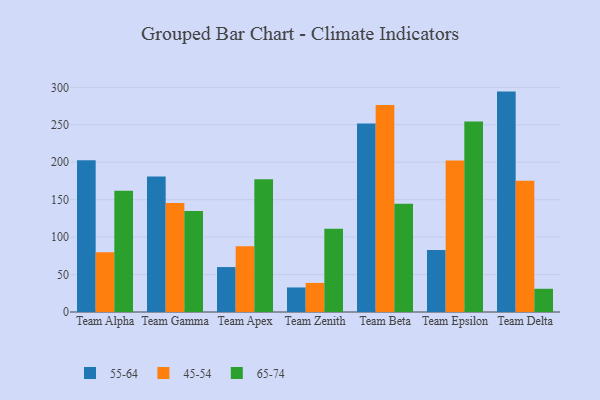
{"axis": {"x": "Team", "y": "Shipments"}, "legend": ["45-54", "55-64", "65-74"], "data": [{"x": "Team Alpha", "y": 202.7, "type": "55-64"}, {"x": "Team Alpha", "y": 79.8, "type": "45-54"}, {"x": "Team Alpha", "y": 161.8, "type": "65-74"}, {"x": "Team Gamma", "y": 180.8, "type": "55-64"}, {"x": "Team Gamma", "y": 145.6, "type": "45-54"}, {"x": "Team Gamma", "y": 134.8, "type": "65-74"}, {"x": "Team Apex", "y": 60.0, "type": "55-64"}, {"x": "Team Apex", "y": 87.8, "type": "45-54"}, {"x": "Team Apex", "y": 177.1, "type": "65-74"}, {"x": "Team Zenith", "y": 32.8, "type": "55-64"}, {"x": "Team Zenith", "y": 38.8, "type": "45-54"}, {"x": "Team Zenith", "y": 111.1, "type": "65-74"}, {"x": "Team Beta", "y": 251.8, "type": "55-64"}, {"x": "Team Beta", "y": 276.3, "type": "45-54"}, {"x": "Team Beta", "y": 144.6, "type": "65-74"}, {"x": "Team Epsilon", "y": 82.8, "type": "55-64"}, {"x": "Team Epsilon", "y": 202.3, "type": "45-54"}, {"x": "Team Epsilon", "y": 254.5, "type": "65-74"}, {"x": "Team Delta", "y": 294.3, "type": "55-64"}, {"x": "Team Delta", "y": 175.4, "type": "45-54"}, {"x": "Team Delta", "y": 31.0, "type": "65-74"}]}